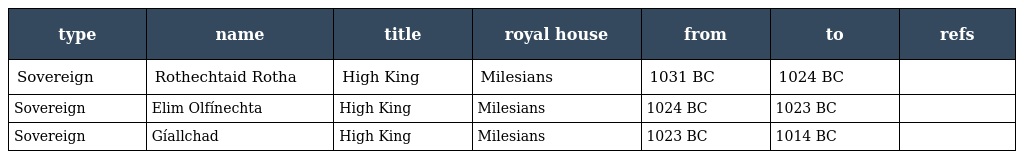
| type | name | title | royal house | from | to | refs |
 | --- | --- | --- | --- | --- | --- | --- |
 | Sovereign | Rothechtaid Rotha | High King | Milesians | 1031 BC | 1024 BC |  |
 | Sovereign | Elim Olfínechta | High King | Milesians | 1024 BC | 1023 BC |  |
 | Sovereign | Gíallchad | High King | Milesians | 1023 BC | 1014 BC |  |